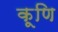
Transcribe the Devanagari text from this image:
कूणि